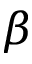
\beta